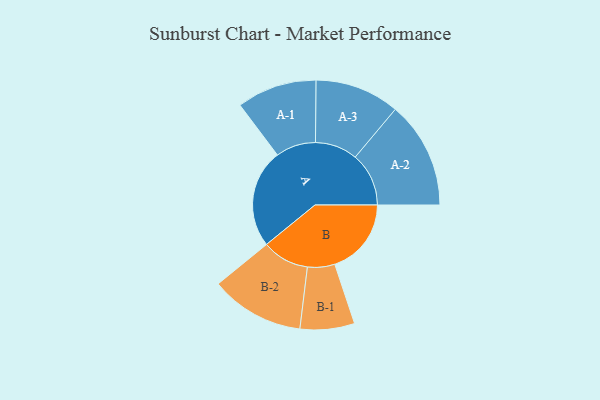
{"axis": {"x": "Segment", "y": "Value"}, "legend": ["", "A", "B"], "data": [{"x": "A", "y": 424, "type": ""}, {"x": "B", "y": 329, "type": ""}, {"x": "A-1", "y": 172, "type": "A"}, {"x": "A-2", "y": 230, "type": "A"}, {"x": "A-3", "y": 182, "type": "A"}, {"x": "B-1", "y": 117, "type": "B"}, {"x": "B-2", "y": 202, "type": "B"}]}